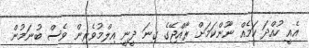
އެއީ ހުއްދަ ކަމެއް ނޫންކަމަށް ރާއްޖޭގެ ގިނަ ދީނީ އިލްމުވެރިން ވެސް ބުނަމުން